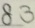
8 3